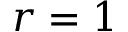
r = 1